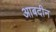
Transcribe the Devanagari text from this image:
आबदीन